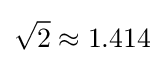
{\sqrt {2}}\approx 1.414